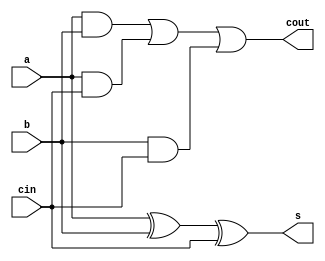
/**************************************************
 P1.1 FULL ADDER STRUCTURAL
 ************************************************/

 module full_adder_st(s, cout, a, b, cin); 
 	input a, b, cin;
 	output s, cout;

 	wire n1,n2,n3;

 	xor xor1(s,a,b,cin);
 	and and1(n1,a,b);
 	and and2(n2,a,cin);
 	and and3(n3,b,cin);
 	or or1(cout,n1,n2,n3);

 endmodule